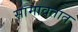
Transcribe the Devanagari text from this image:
सामावतात